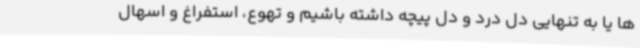
ها یا به تنهایی دل درد و دل پیچه داشته باشیم و تهوع، استفراغ و اسهال